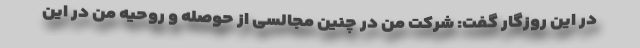
در این روزگار گفت: شرکت من در چنین مجالسی از حوصله و روحیه من در این